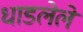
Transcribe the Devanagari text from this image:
धाडलेले